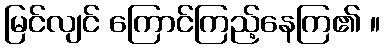
မြင်လျင် ကြောင်ကြည့်နေကြ၏ ။